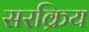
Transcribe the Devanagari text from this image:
सरक्रिय